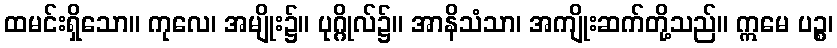
ထမင်းရှိသော။ ကုလေ၊ အမျိုး၌။ ပုဂ္ဂိုလ်၌။ အာနိသံသာ၊ အကျိုးဆက်တို့သည်။ ဣမေ ပဉ္စ၊